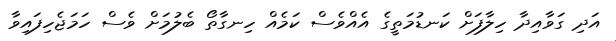
އަދި ގަވާއިދާ ހިލާފަށް ކަނޑުމަތީގެ އެއްވެސް ކަމެއް ހިނގާތޯ ބެލުމަށް ވެސް ހަމަޖެހިފައިވާ